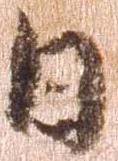
日